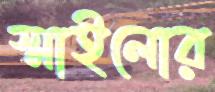
স্মাইলোর